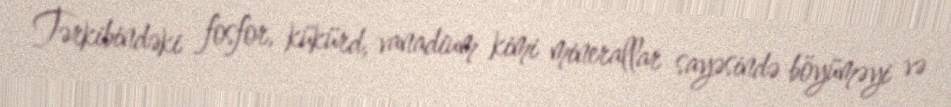
Tərkibindəki fosfor, kükürd, vanadium kimi minerallar sayəsində böyüməyi və